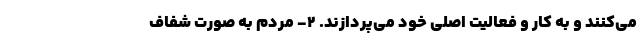
می‌کنند و به کار و فعالیت اصلی خود می‌پردازند. 2- مردم به صورت شفاف